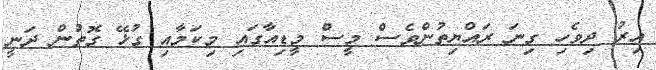
އިރު ދިވެހި ގިނަ ރައްޔިތުންވެސް މީސް މީޑިއާގައި މިކަމާއި ގުޅޭ ގޮތުން ދަނީ